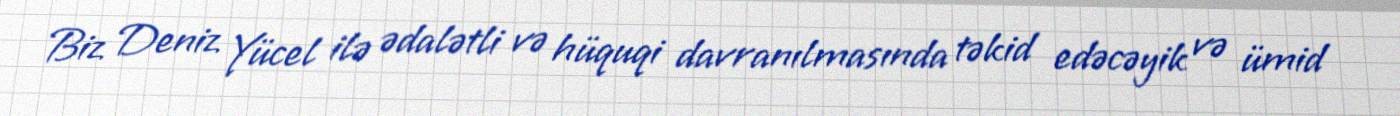
Biz Deniz Yücel ilə ədalətli və hüquqi davranılmasında təkid edəcəyik və ümid